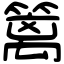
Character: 篱